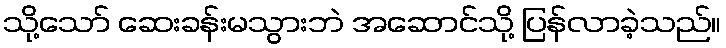
သို့သော် ဆေးခန်းမသွားဘဲ အဆောင်သို့ ပြန်လာခဲ့သည်။